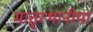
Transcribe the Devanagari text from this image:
मातृस्थानीया